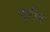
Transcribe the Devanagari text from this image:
ग्रीग